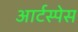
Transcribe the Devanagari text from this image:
आर्टस्पेस